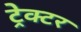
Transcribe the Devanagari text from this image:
ट्रेक्‍टर